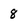
Character: 8